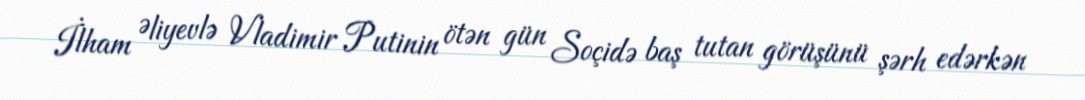
İlham Əliyevlə Vladimir Putinin ötən gün Soçidə baş tutan görüşünü şərh edərkən